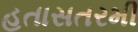
હતાસતરમી